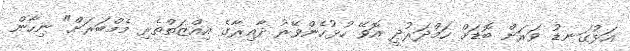
އަޅުގަނޑު ވަރަށް ބޮޑަށް ހަމްދަރުދީ އޮވޭ ހުޅުހެންވޭރު ދާއިރާގެ އިއްޒަތްތެރި މެމްބަރަށް" ނިހާން